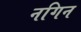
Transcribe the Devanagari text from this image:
नगिन